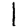
Digit: 1